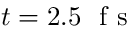
t = 2 . 5 ~ \mathrm { ~ f ~ s ~ }